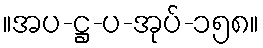
။အပ-ဋ္ဌ-ပ-အုပ်-၁၅၈။